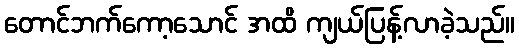
တောင်ဘက်ကော့သောင် အထိ ကျယ်ပြန့်လာခဲ့သည်။